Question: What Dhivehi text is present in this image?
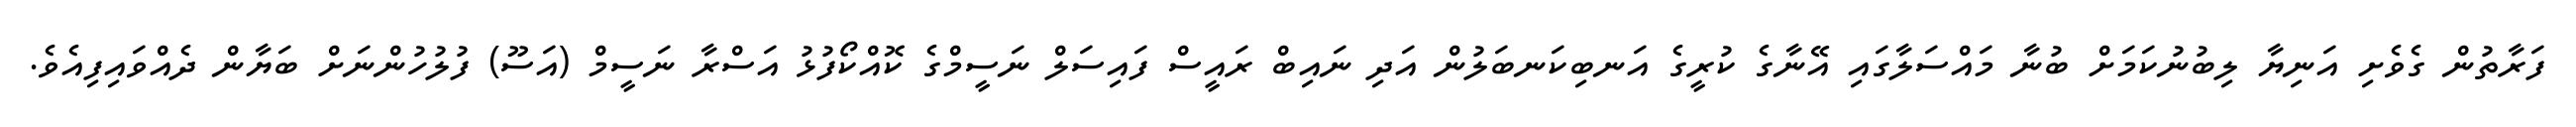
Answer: ފަރާތުން ގެވެށި އަނިޔާ ލިބުނުކަމަށް ބުނާ މައްސަލާގައި އޭނާގެ ކުރީގެ އަނބިކަނބަލުން އަދި ނައިބް ރައީސް ފައިސަލް ނަސީމްގެ ކޮއްކޯފުޅު އަސްރާ ނަސީމް (އަސޫ) ފުލުހުންނަށް ބަޔާން ދެއްވައިފިއެވެ.